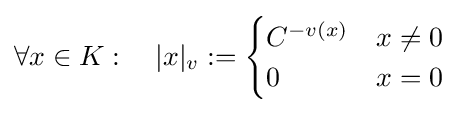
\forall x\in K:\quad |x|_{v}:={\begin{cases}C^{-v(x)}&x\neq 0\\0&x=0\end{cases}}